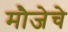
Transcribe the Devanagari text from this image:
मौजेचे